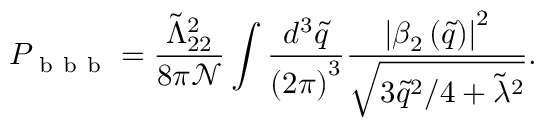
P _ { \mathrm { ~ b ~ b ~ b ~ } } = \frac { \tilde { \Lambda } _ { 2 2 } ^ { 2 } } { 8 \pi \mathcal { N } } \int \frac { d ^ { 3 } \tilde { q } } { \left( 2 \pi \right) ^ { 3 } } \frac { \left| \beta _ { 2 } \left( \tilde { q } \right) \right| ^ { 2 } } { \sqrt { 3 \tilde { q } ^ { 2 } / 4 + \tilde { \lambda } ^ { 2 } } } .